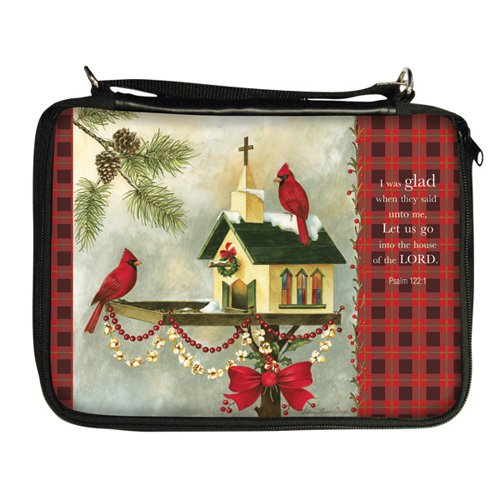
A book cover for Christmas in the Garden Bible Cover; Charis Gifts; Christian Books & Bibles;